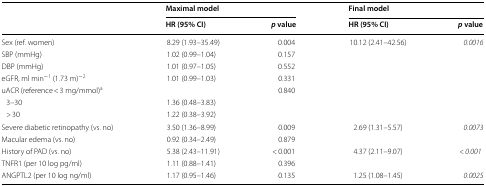
<table><thead><tr><td rowspan="2"></td><td colspan="2"><b>Maximal model</b></td><td colspan="2"><b>Final model</b></td></tr><tr><td><b>HR (95% CI)</b></td><td><b><i>p</i> value</b></td><td><b>HR (95% CI)</b></td><td><b><i>p</i> value</b></td></tr></thead><tbody><tr><td>Sex (ref. women)</td><td>8.29 (1.93–35.49)</td><td>0.004</td><td>10.12 (2.41–42.56)</td><td><i>0.0016</i></td></tr><tr><td>SBP (mmHg)</td><td>1.02 (0.99–1.04)</td><td>0.157</td><td></td><td></td></tr><tr><td>DBP (mmHg)</td><td>1.01 (0.97–1.05)</td><td>0.552</td><td></td><td></td></tr><tr><td>eGFR, ml min<sup>−1</sup> (1.73 m)<sup>−2</sup></td><td>1.01 (0.99–1.03)</td><td>0.331</td><td></td><td></td></tr><tr><td>uACR (reference &lt; 3 mg/mmol)<sup>a</sup></td><td></td><td>0.840</td><td></td><td></td></tr><tr><td> 3–30</td><td>1.36 (0.48–3.83)</td><td></td><td></td><td></td></tr><tr><td> &gt; 30</td><td>1.22 (0.38–3.92)</td><td></td><td></td><td></td></tr><tr><td>Severe diabetic retinopathy (vs. no)</td><td>3.50 (1.36–8.99)</td><td>0.009</td><td>2.69 (1.31–5.57)</td><td><i>0.0073</i></td></tr><tr><td>Macular edema (vs. no)</td><td>0.92 (0.34–2.49)</td><td>0.879</td><td></td><td></td></tr><tr><td>History of PAD (vs. no)</td><td>5.38 (2.43–11.91)</td><td>&lt; 0.001</td><td>4.37 (2.11–9.07)</td><td><i>&lt; 0.001</i></td></tr><tr><td>TNFR1 (per 10 log pg/ml)</td><td>1.11 (0.88–1.41)</td><td>0.396</td><td></td><td></td></tr><tr><td>ANGPTL2 (per 10 log ng/ml)</td><td>1.17 (0.95–1.46)</td><td>0.135</td><td>1.25 (1.08–1.45)</td><td><i>0.0025</i></td></tr></tbody></table>